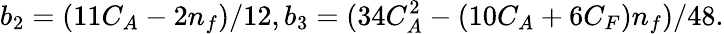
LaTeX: b_{2}=(11C_{A}-2n_{f})/12,b_{3}=(34C_{A}^{2}-(10C_{A}+6C_{F})n_{f})/48.